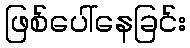
ဖြစ်ပေါ်နေခြင်း